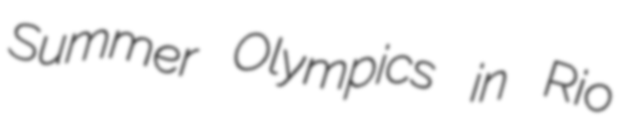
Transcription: Summer Olympics in Rio